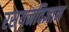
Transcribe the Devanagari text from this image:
रसयनविज्ञान